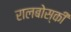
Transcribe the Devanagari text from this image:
रालबोस्की